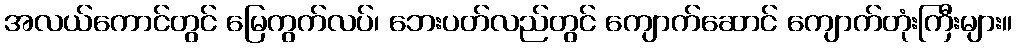
အလယ်ကောင်တွင် မြေကွက်လပ်၊ ဘေးပတ်လည်တွင် ကျောက်ဆောင် ကျောက်တုံးကြီးများ။